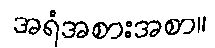
အရံအစားအစာ။